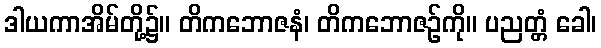
ဒါယကာအိမ်တို့၌။ တိကဘောဇနံ၊ တိကဘောဇဉ်ကို။ ပညတ္တံ ခေါ၊